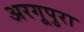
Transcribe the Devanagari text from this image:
अरगूपुरा